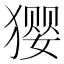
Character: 𰡢